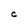
Character: C